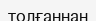
толғаннан